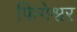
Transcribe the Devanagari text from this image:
फिगेश्वर